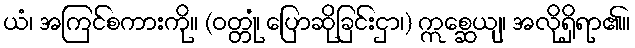
ယံ၊ အကြင်စကားကို။ (ဝတ္တုံ၊ ပြောဆိုခြင်းငှာ၊) ဣစ္ဆေယျ၊ အလိုရှိရာ၏။